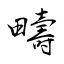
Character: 疇